Leningradi_Edasi_toimetus, lk 25
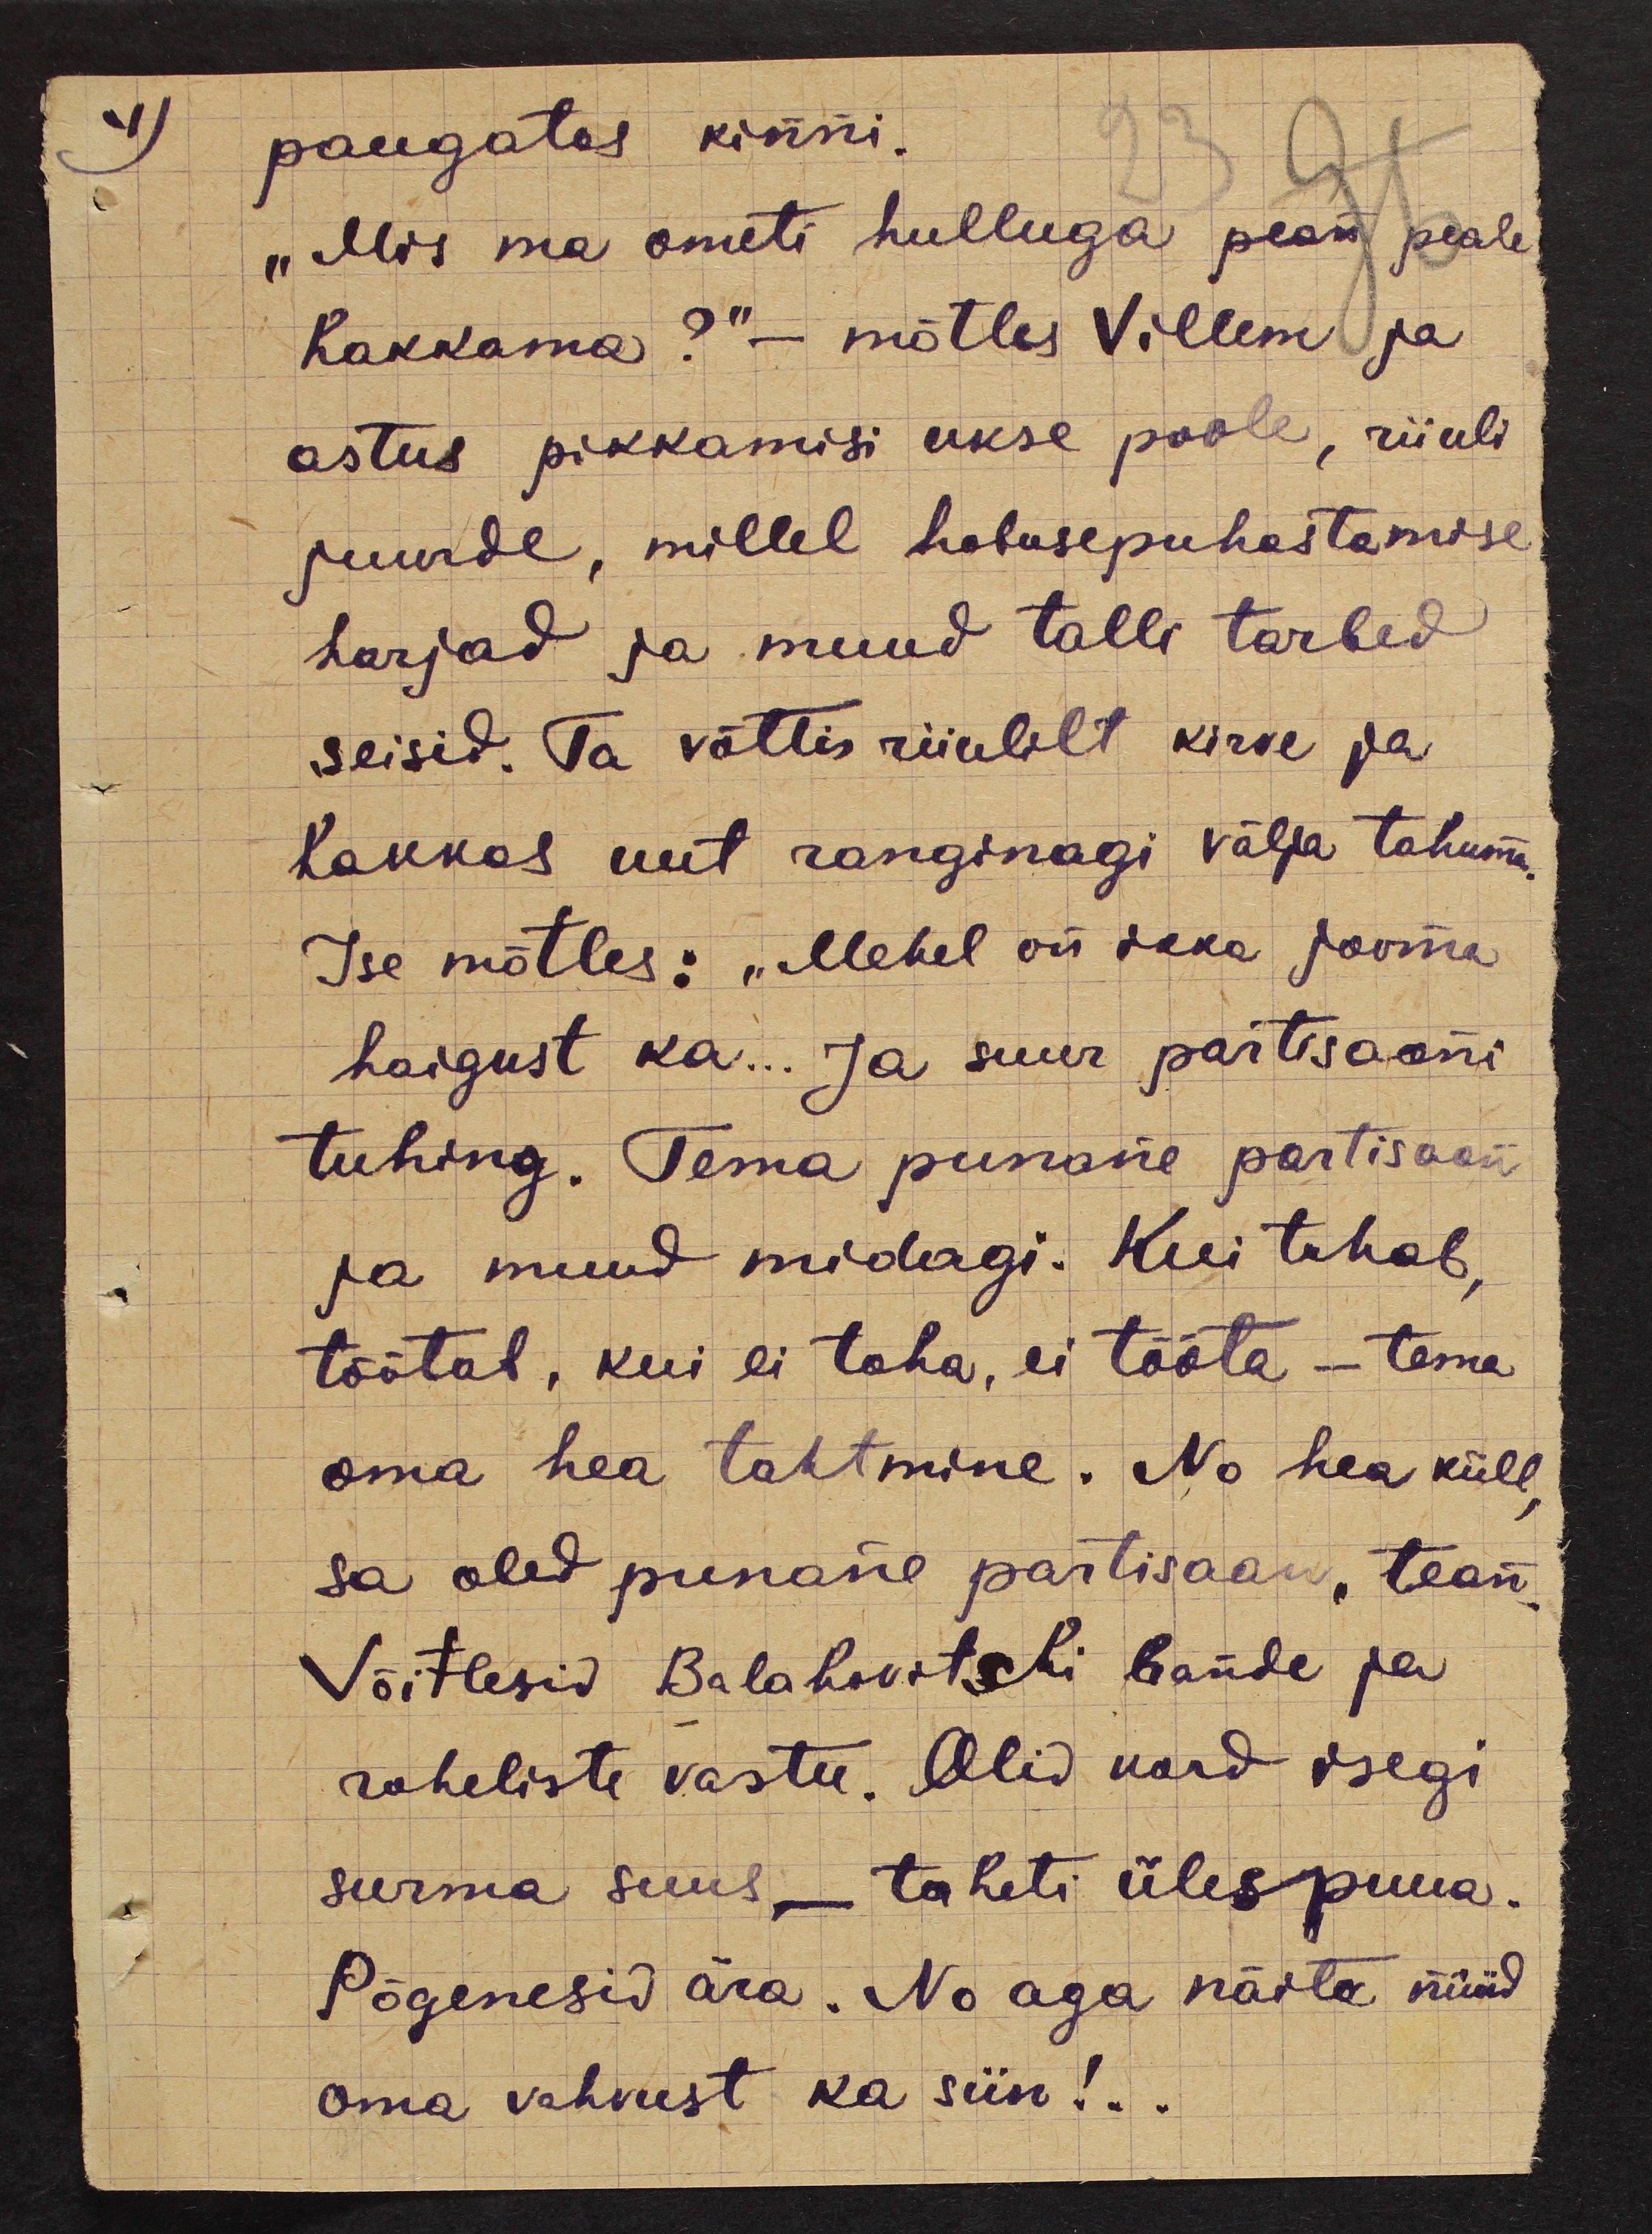
4)

paugatas kinni.
"Mis ma ometi hulluga pean peale
hakkama?" - mõtles Villem ja
astus pikkamisi ukse poole, riiuli
juurde, millel hobusepuhastamise
harjad ja muud talli tarbed
seisid. Ta võttis riiulilt kirve ja
hakkas uut ranginagi välja tahuma.
Ise mõtles: "Mehel on ikka jooma
haigust ka... Ja suur partisaani
tuhing. Tema punane partisaan,
ja muud midagi. Kui tahab,
töötab, kui ei taha, ei tööta - tema
oma hea tahtmine. No hea küll,
sa oled punane partisaan, tean,
Võitlesid Balahovitshi bande ja
roheliste vastu. Olid kord isegi
surma suus - taheti ülespuua.
Põgenesid ära. No aga näita nüüd
oma vahvust ka siin!..